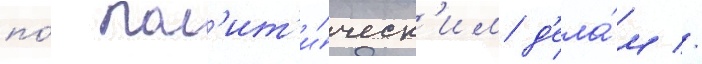
по́ пол'ит'и́ческ'им д'ела́м //